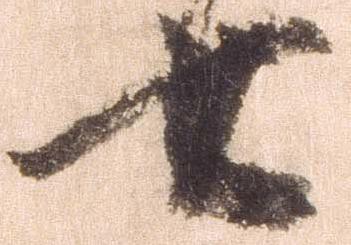
七